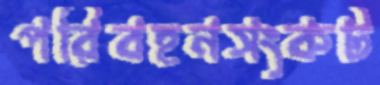
পরিবহনসংকট